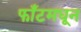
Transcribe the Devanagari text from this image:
फाँटमधून